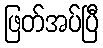
ဖြတ်အပ်ပြီ